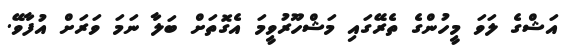
އަޝްގެ ލަވަ މީހުންގެ ތެރޭގައި މަޝްހޫރުވީމަ އެގޮތަށް ބަލާ ނަމަ ވަރަށް އުފާވޭ.